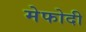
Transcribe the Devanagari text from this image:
मेफोदी